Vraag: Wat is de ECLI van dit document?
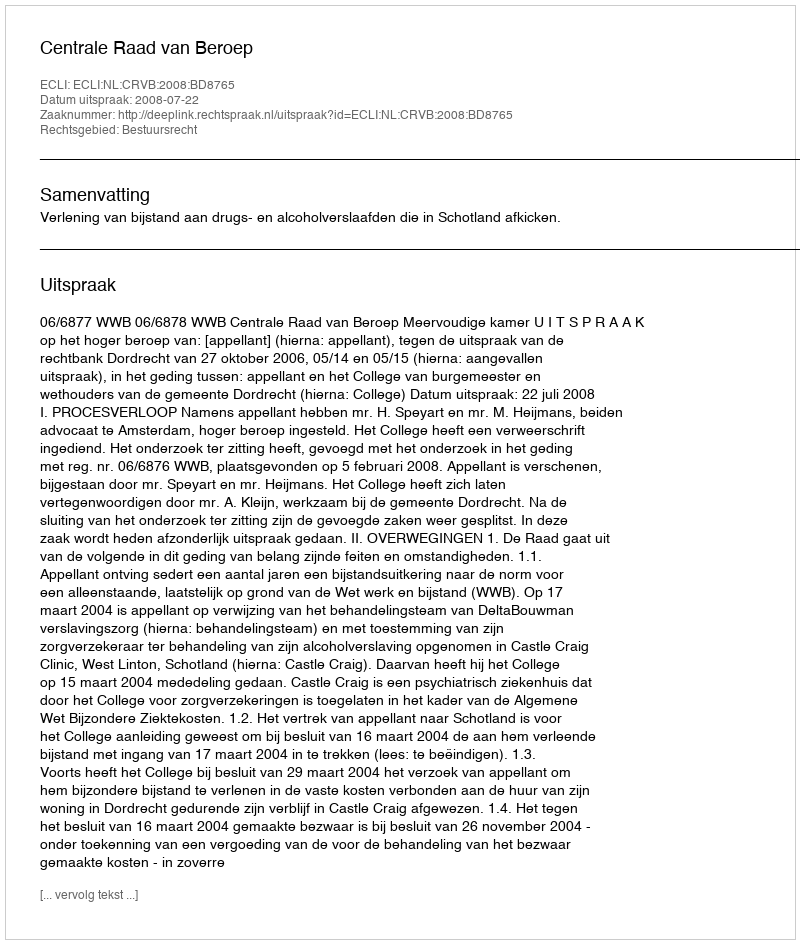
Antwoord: ECLI:NL:CRVB:2008:BD8765